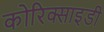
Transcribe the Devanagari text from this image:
कोरिक्साइडी